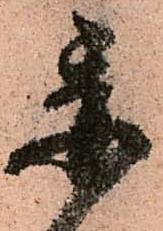
委